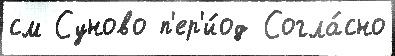
см Суново п'ер'и́од Согла́сно